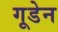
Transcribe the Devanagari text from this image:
गूडेन